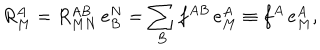
LaTeX: R _ { M } ^ { A } = R _ { M N } ^ { A B } \, e _ { B } ^ { N } = \sum _ { B } f ^ { A B } \, e _ { M } ^ { A } \equiv f ^ { A } \, e _ { M } ^ { A } ,